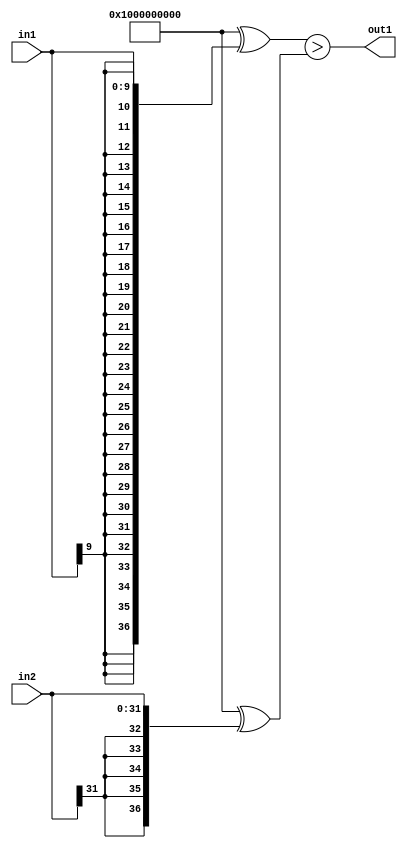
`timescale 1ps / 1ps
/*****************************************************************************
    Verilog RTL Description
    
    
    Created by: Stratus DpOpt 2019.1.01 
*******************************************************************************/

module DC_Filter_LessThan_32Sx10S_1U_1 (
	in2,
	in1,
	out1
	); /* architecture "behavioural" */ 
input [31:0] in2;
input [9:0] in1;
output  out1;
wire  asc001;

assign asc001 = ((37'B1000000000000000000000000000000000000 ^ {{27{in1[9]}}, in1})>(37'B1000000000000000000000000000000000000
    ^ {{5{in2[31]}}, in2}));

assign out1 = asc001;
endmodule

/* CADENCE  uLb1SA8= : u9/ySgnWtBlWxVPRXgAZ4Og= ** DO NOT EDIT THIS LINE ******/